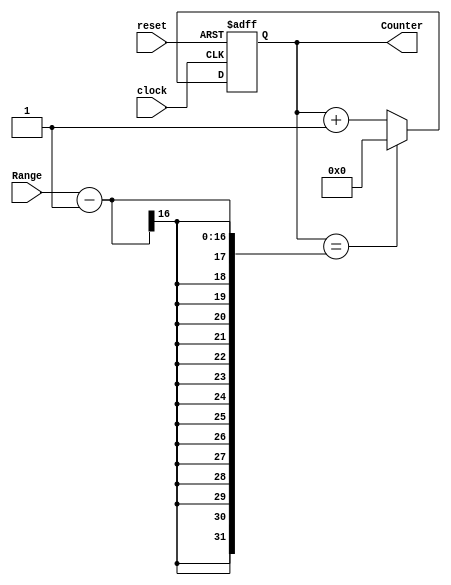
`timescale 1ns / 1ps
//////////////////////////////////////////////////////////////////////////////////
// Company: 
// Engineer: 
// 
// Design Name: 
// Module Name: Counter
// Project Name: 
// Target Devices: 
// Tool Versions: 
// Description: 
// 
// Dependencies: 
// 
// Revision:
// Revision 0.01 - File Created
// Additional Comments:
// 
//////////////////////////////////////////////////////////////////////////////////


module Counter(
	input clock,             
	input reset,             
	input [15:0] Range,     
	output reg [15:0] Counter 
);

	always@(posedge clock or posedge reset) 
	begin
		if (reset) 
			Counter <= 0;
		else 
			if(Counter == Range - 1) 
				Counter <= 0;
			else 
				Counter <= Counter + 1;
	end

endmodule